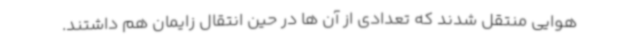
هوایی منتقل شدند که تعدادی از آن ها در حین انتقال زایمان هم داشتند.